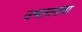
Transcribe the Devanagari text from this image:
उभारायचा